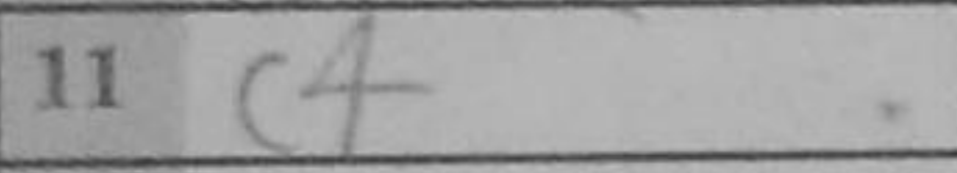
Transcription: c4